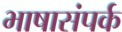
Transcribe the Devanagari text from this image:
भाषासंपर्क